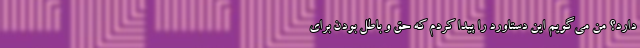
دارد؟ من می‌گویم این دستاورد را پیدا کردم که حق و باطل بودن برای